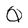
Character: Q